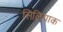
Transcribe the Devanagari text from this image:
सिलियाक